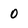
Character: 0